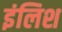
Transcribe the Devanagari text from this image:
इंलिश